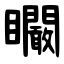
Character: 矙